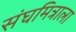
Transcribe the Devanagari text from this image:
संघमित्राला